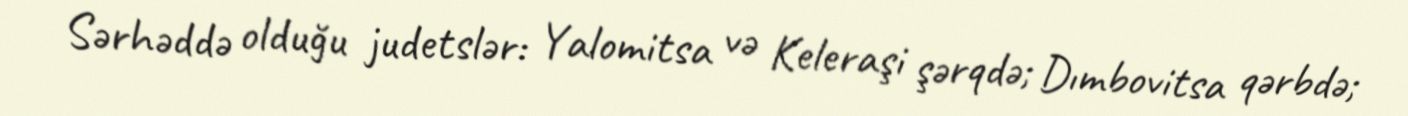
Sərhəddə olduğu judetslər: Yalomitsa və Keleraşi şərqdə; Dımbovitsa qərbdə;